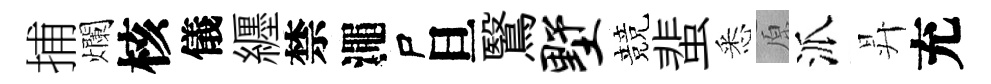
捕爛核儀纒禁澠尸旦鷖墅競蜚悉原派昇充